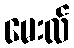
မေးလ်